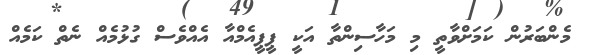
މެންބަރުން ކަމަށްވާތީ މި މަހާސިންތާ އަކީ ޕީޕީއެމްއާ އެއްވެސް ގުޅުމެއް ނެތް ކަމެއް